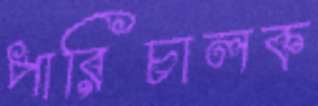
পারিচালক